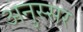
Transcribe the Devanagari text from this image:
अनुस्सर